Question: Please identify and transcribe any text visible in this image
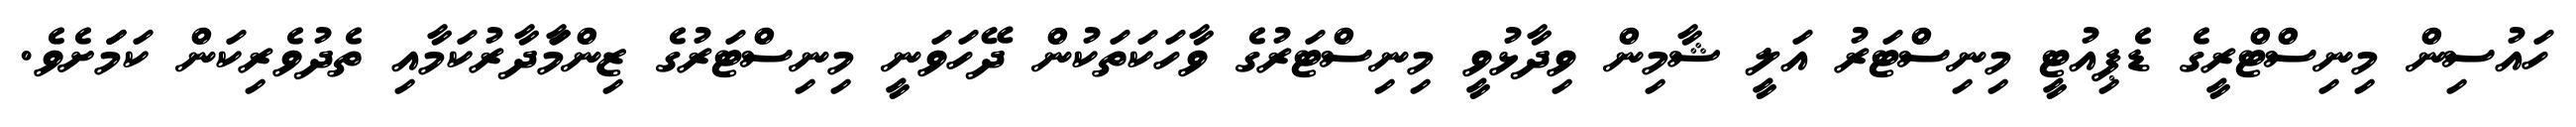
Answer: ހައުސިން މިނިސްޓްރީގެ ޑެޕިއުޓީ މިނިސްޓަރު އަލީ ޝާމިން ވިދާޅުވީ މިނިސްޓަރުގެ ވާހަކަތަކުން ދޭހަވަނީ މިނިސްޓަރުގެ ޒިންމާަދާރުކަމާއި ތެދުވެރިކަން ކަމަަށެވެ.